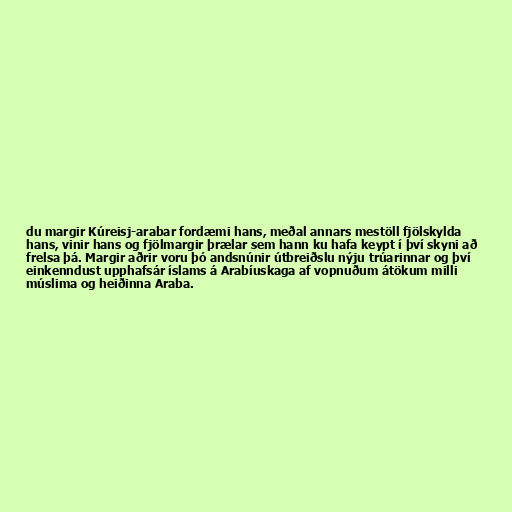
du margir Kúreisj-arabar fordæmi hans, meðal annars mestöll fjölskylda
hans, vinir hans og fjölmargir þrælar sem hann ku hafa keypt í því skyni að
frelsa þá. Margir aðrir voru þó andsnúnir útbreiðslu nýju trúarinnar og því
einkenndust upphafsár íslams á Arabíuskaga af vopnuðum átökum milli
múslima og heiðinna Araba.